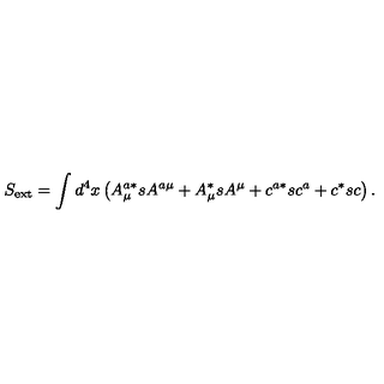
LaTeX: S _ { \mathrm { e x t } } = \int d ^ { 4 } x \left( A _ { \mu } ^ { a * } s A ^ { a \mu } + A _ { \mu } ^ { * } s A ^ { \mu } + c ^ { a * } s c ^ { a } + c ^ { * } s c \right) .